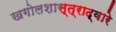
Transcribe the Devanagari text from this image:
खगोलशास्त्राद्वारे